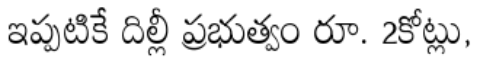
ఇప్పటికే దిల్లీ ప్రభుత్వం రూ. 2కోట్లు,